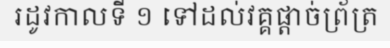
រដូវកាលទី ១ ទៅដល់វគ្គផ្តាច់ព្រ័ត្រ